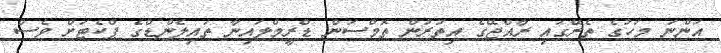
އަންނަ މަހުގެ ތެރޭގައި ރާއްޖޭގެ އިތުރުން ތޮމްސަން ޑްރީމްލައިނާ ތައިލެންޑްގެ ޕްކެޓަށް ވެސް